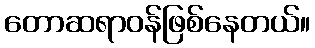
တောဆရာဝန်ဖြစ်နေတယ်။